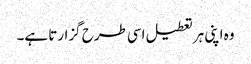
وہ اپنی ہر تعطیل اسی طرح گزارتا ہے۔